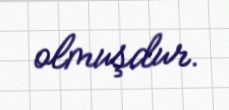
olmuşdur.